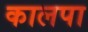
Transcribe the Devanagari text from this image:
कालपा